Vital statistics of India. Vol. V, Reports of 1876 on armies & jails and on epidemic cholera
Year: 1876
Disease focus: Cholera
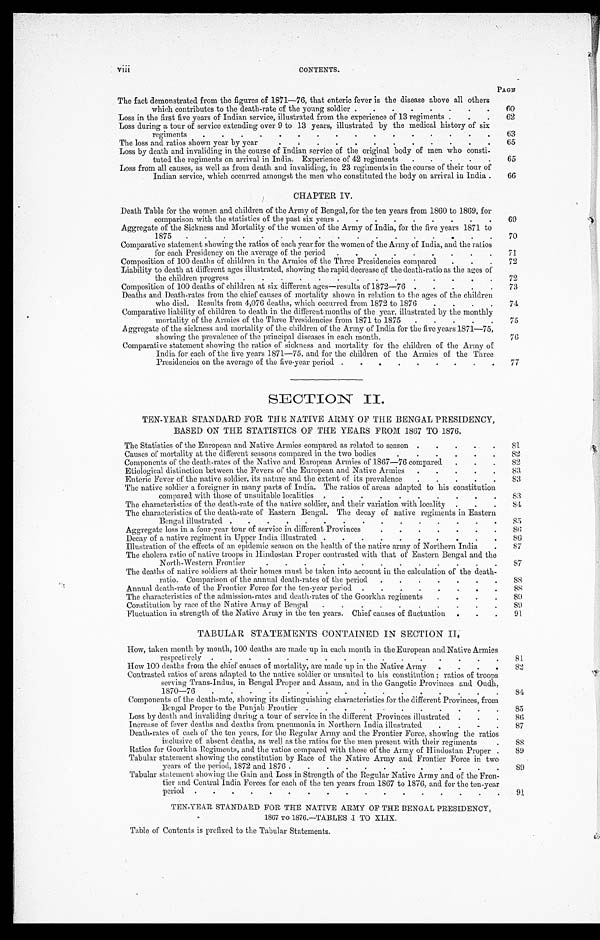
vi i i .
CONTENTS.
P AGE
The fact demonstrated from the figures of 1871—76, that enteric fever is the disease above all others
which contributes to the death-rate of the young soldier . . .
60
Loss in the first five years of Indian service, illustrated from the experience of 13 regiments . . .
62
Loss during a tour of service extending over 9 to 13 years, illustrated by the medical history of six
regiments . . .
63
The loss and ratios shown year by year . . .
65
Loss by death and invaliding in the course of Indian service of the original body of men who consti
-tuted the regiments on arrival in India. Experience of 42 regiments . . .
65
Loss from all causes, as well as from death and invaliding, in 23 regiments in the course of their tour of
Indian service, which occurred amongst the men who constituted the body on arrival in India.
66
CHAPTER IV.
Death Table for the women and children of the Army of Bengal, for the ten years from 1860 to 1869, for
comparison with the statistics of the past six years . . .
69
Aggregate of the Sickness and Mortality of the women of the Army of India, for the five years 1871 to
1875 . . .
70
Comparative statement showing the ratios of each year for the women of the Army of India, and the ratios
for each Presidency on the average of the period . . .
71
Composition of 100 deaths of children in the Armies of the Three Presidencies compared . . .
72
Liability to death at different ages illustrated, showing the rapid decrease of the death-ratio as the ages of
the children progress . . .
72
Composition of 100 deaths of children at six different ages—results of 1872—76 . . .
73
Deaths and Death-rates from the chief causes of mortality shown in relation to the ages of the children
who died. Results from 4,076 deaths, which occurred from 1872 to 1876 . . .
74
Comparative liability of children to death in the different months of the year, illustrated by the monthly
mortality of the Armies of the Three Presidencies from 1871 to 1875 . . .
75
Aggregate of the sickness and mortality of the children of the Army of India for the five years 1871—75,
showing the prevalence of the principal diseases in each month.
76
Comparative statement showing the ratios of sickness and mortality for the children of the Army of
India for each of the five years 1871—75, and for the children of the Armies of the Three
Presidencies on the average of the five-year period . . .
77
SECTION II.
TEN-YEAR STANDARD FOR THE NATIVE ARMY OF THE BENGAL PRESIDENCY,
BASED ON THE STATISTICS OF THE YEARS FROM 1867 TO 1876.
The Statistics of the European and Native Armies compared as related to season . . .
81
Causes of mortality at the different seasons compared in the two bodies . . .
82
Components of the death-rates of the Native and European Armies of 1867—76 compared . . .
82
Etiological distinction between the Fevers of the European and Native Armies . . .
83
Enteric Fever of the native soldier, its nature and the extent of its prevalence . . .
83
The native soldier a foreigner in many parts of India. The ratios of areas adapted to his constitution
compared with those of unsuitable localities . . .
83
The characteristics of the death-rate of the native soldier, and their variation with locality . . .
8 4
The characteristics of the death-rate of Eastern Bengal. The decay of native regiments in Eastern
Bengal illustrated . . .
8 5
Aggregate loss in a four-year tour of service in different Provinces . . .
8 6
Decay of a native regiment in Upper India illustrated . . .
8 6
Illustration of the effects of an epidemic season on the health of the native army of Northern India . . .
87
The cholera ratio of native troops in Hindostan Proper contrasted with that of Eastern Bengal and the
North-Western Frontier . . .
8 7
The deaths of native soldiers at their homes must be taken into account in the calculation of the death-
ratio. Comparison of the annual death-rates of the period . . .
88
Annual death-rate of the Frontier Force for the ten-year period . . .
88
The characteristics of the admission-rates and death-rates of the Goorkha regiments . . .
89
Constitution by race of the Native Army of Bengal . . .
89
Fluctuation in strength of the Native Army in the ten years. Chief causes of fluctuation . . .
91
TABULAR STATEMENTS CONTAINED IN SECTION II.
How, taken month by month, 100 deaths are made up in each month in the European and Native Armies
respectively
.
.
.
81
How 100 deaths from the chief causes of mortality, are made up in the Native Army . . .
8 2
Contrasted ratios of areas adapted to the native soldier or unsuited to his constitution; ratios of troops
serving Trans-Indus, in Bengal Proper and Assam, and in the Gangetic Provinces and Oudh,
1870-76
.
.
.
84
Components of the death-rate, showing its distinguishing characteristics for the different Provinces, from
Bengal Proper to the Punjab Frontier . . .
85
Loss by death and invaliding during a tour of service in the different Provinces illustrated . . .
86
Increase of fever deaths and deaths from pneumonia in Northern India illustrated . . .
87
Deaths-rates of each of the ten years, for the Regular Army and the Frontier Force, showing the ratios
inclusive of absent deaths, as well as the ratios for the men present with their regiments . . .
88
Ratios for Goorkha Regiments, and the ratios compared with those of the Army of Hindostan Proper . . .
89
Tabular statement showing the constitution by Race of the Native Army and Frontier Force in two
years of the period, 1872 and 1876 . . .
89
Tabular statement showing the Gain and Loss in Strength of the Regular Native Army and of the Fron-
tier and Central India Forces for each of the ten years from 1867 to 1876, and for the ten-year
period . . .
91
TEN-YEAR STANDARD FOR THE NATIVE ARMY OF THE BENGAL PRESIDENCY,
1867 To 1576.—TABLES I TO XLIX.
Table of Contents is prefixed to the Tabular Statements.